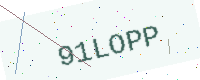
Text: 91LOPP